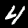
Label: 4